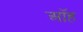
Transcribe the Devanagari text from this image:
ऑह